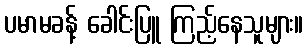
ပမာမခန့် ခေါင်းပြူ ကြည့်နေသူများ။